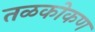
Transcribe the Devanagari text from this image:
तळकोकण